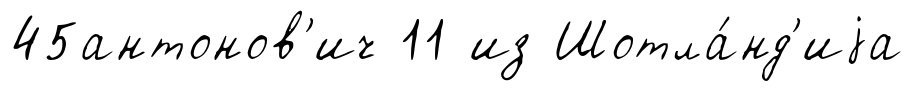
45антонов'ич 11 из Шотла́нд'иjа